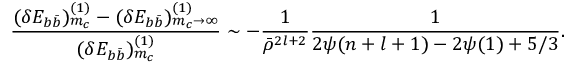
{ \frac { ( \delta E _ { b \bar { b } } ) _ { m _ { c } } ^ { ( 1 ) } - ( \delta E _ { b \bar { b } } ) _ { m _ { c } \to \infty } ^ { ( 1 ) } } { ( \delta E _ { b \bar { b } } ) _ { m _ { c } } ^ { ( 1 ) } } } \sim - { \frac { 1 } { \bar { \rho } ^ { 2 l + 2 } } } { \frac { 1 } { 2 \psi ( n + l + 1 ) - 2 \psi ( 1 ) + 5 / 3 } } .